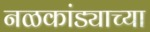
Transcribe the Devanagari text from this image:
नळकांड्याच्या